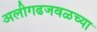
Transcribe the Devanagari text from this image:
अलीगढजवळच्या